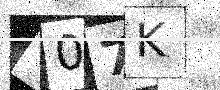
Text: 407K